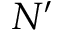
N ^ { \prime }